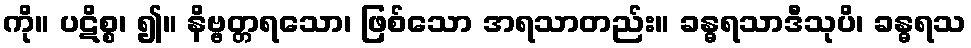
ကို။ ပဋိစ္စ၊ ၍။ နိဗ္ဗတ္တရသော၊ ဖြစ်သော အရသာတည်း။ ခန္ဓရသာဒီသုပိ၊ ခန္ဓရသ